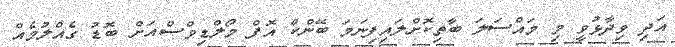
އަދި ވިދާޅުވީ މި މައްސަލަ ބާތިކޮށްލައިފިނަމަ ބޭންކް އޮފް މޯލްޑިވްސްއަށް ބޮޑު ގެއްލުމެއް